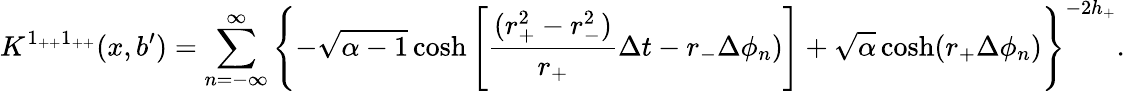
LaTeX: K^{1_{++}1_{++}}(x,b^{\prime})=\sum_{n=-\infty}^{\infty}\left\{ -\sqrt{\alpha-1}\cosh\left[{\frac{(r_{+}^{2}-r_{-}^{2})}{r_{+}}}\Delta t-r_{-}\Delta\phi_{n})\right]+\sqrt{\alpha}\cosh(r_{+}\Delta\phi_{n})\right\} ^{-2h_{+}}.